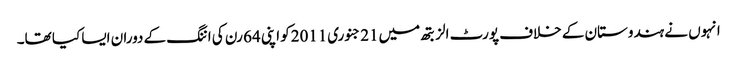
انہوں نے ہندوستان کے خلاف پورٹ الزبتھ میں21 جنوری2011کو اپنی 64 رن کی اننگ کے دوران ایسا کیا تھا۔